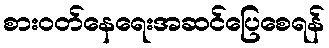
စားဝတ်နေရေးအဆင်ပြေစေရန်